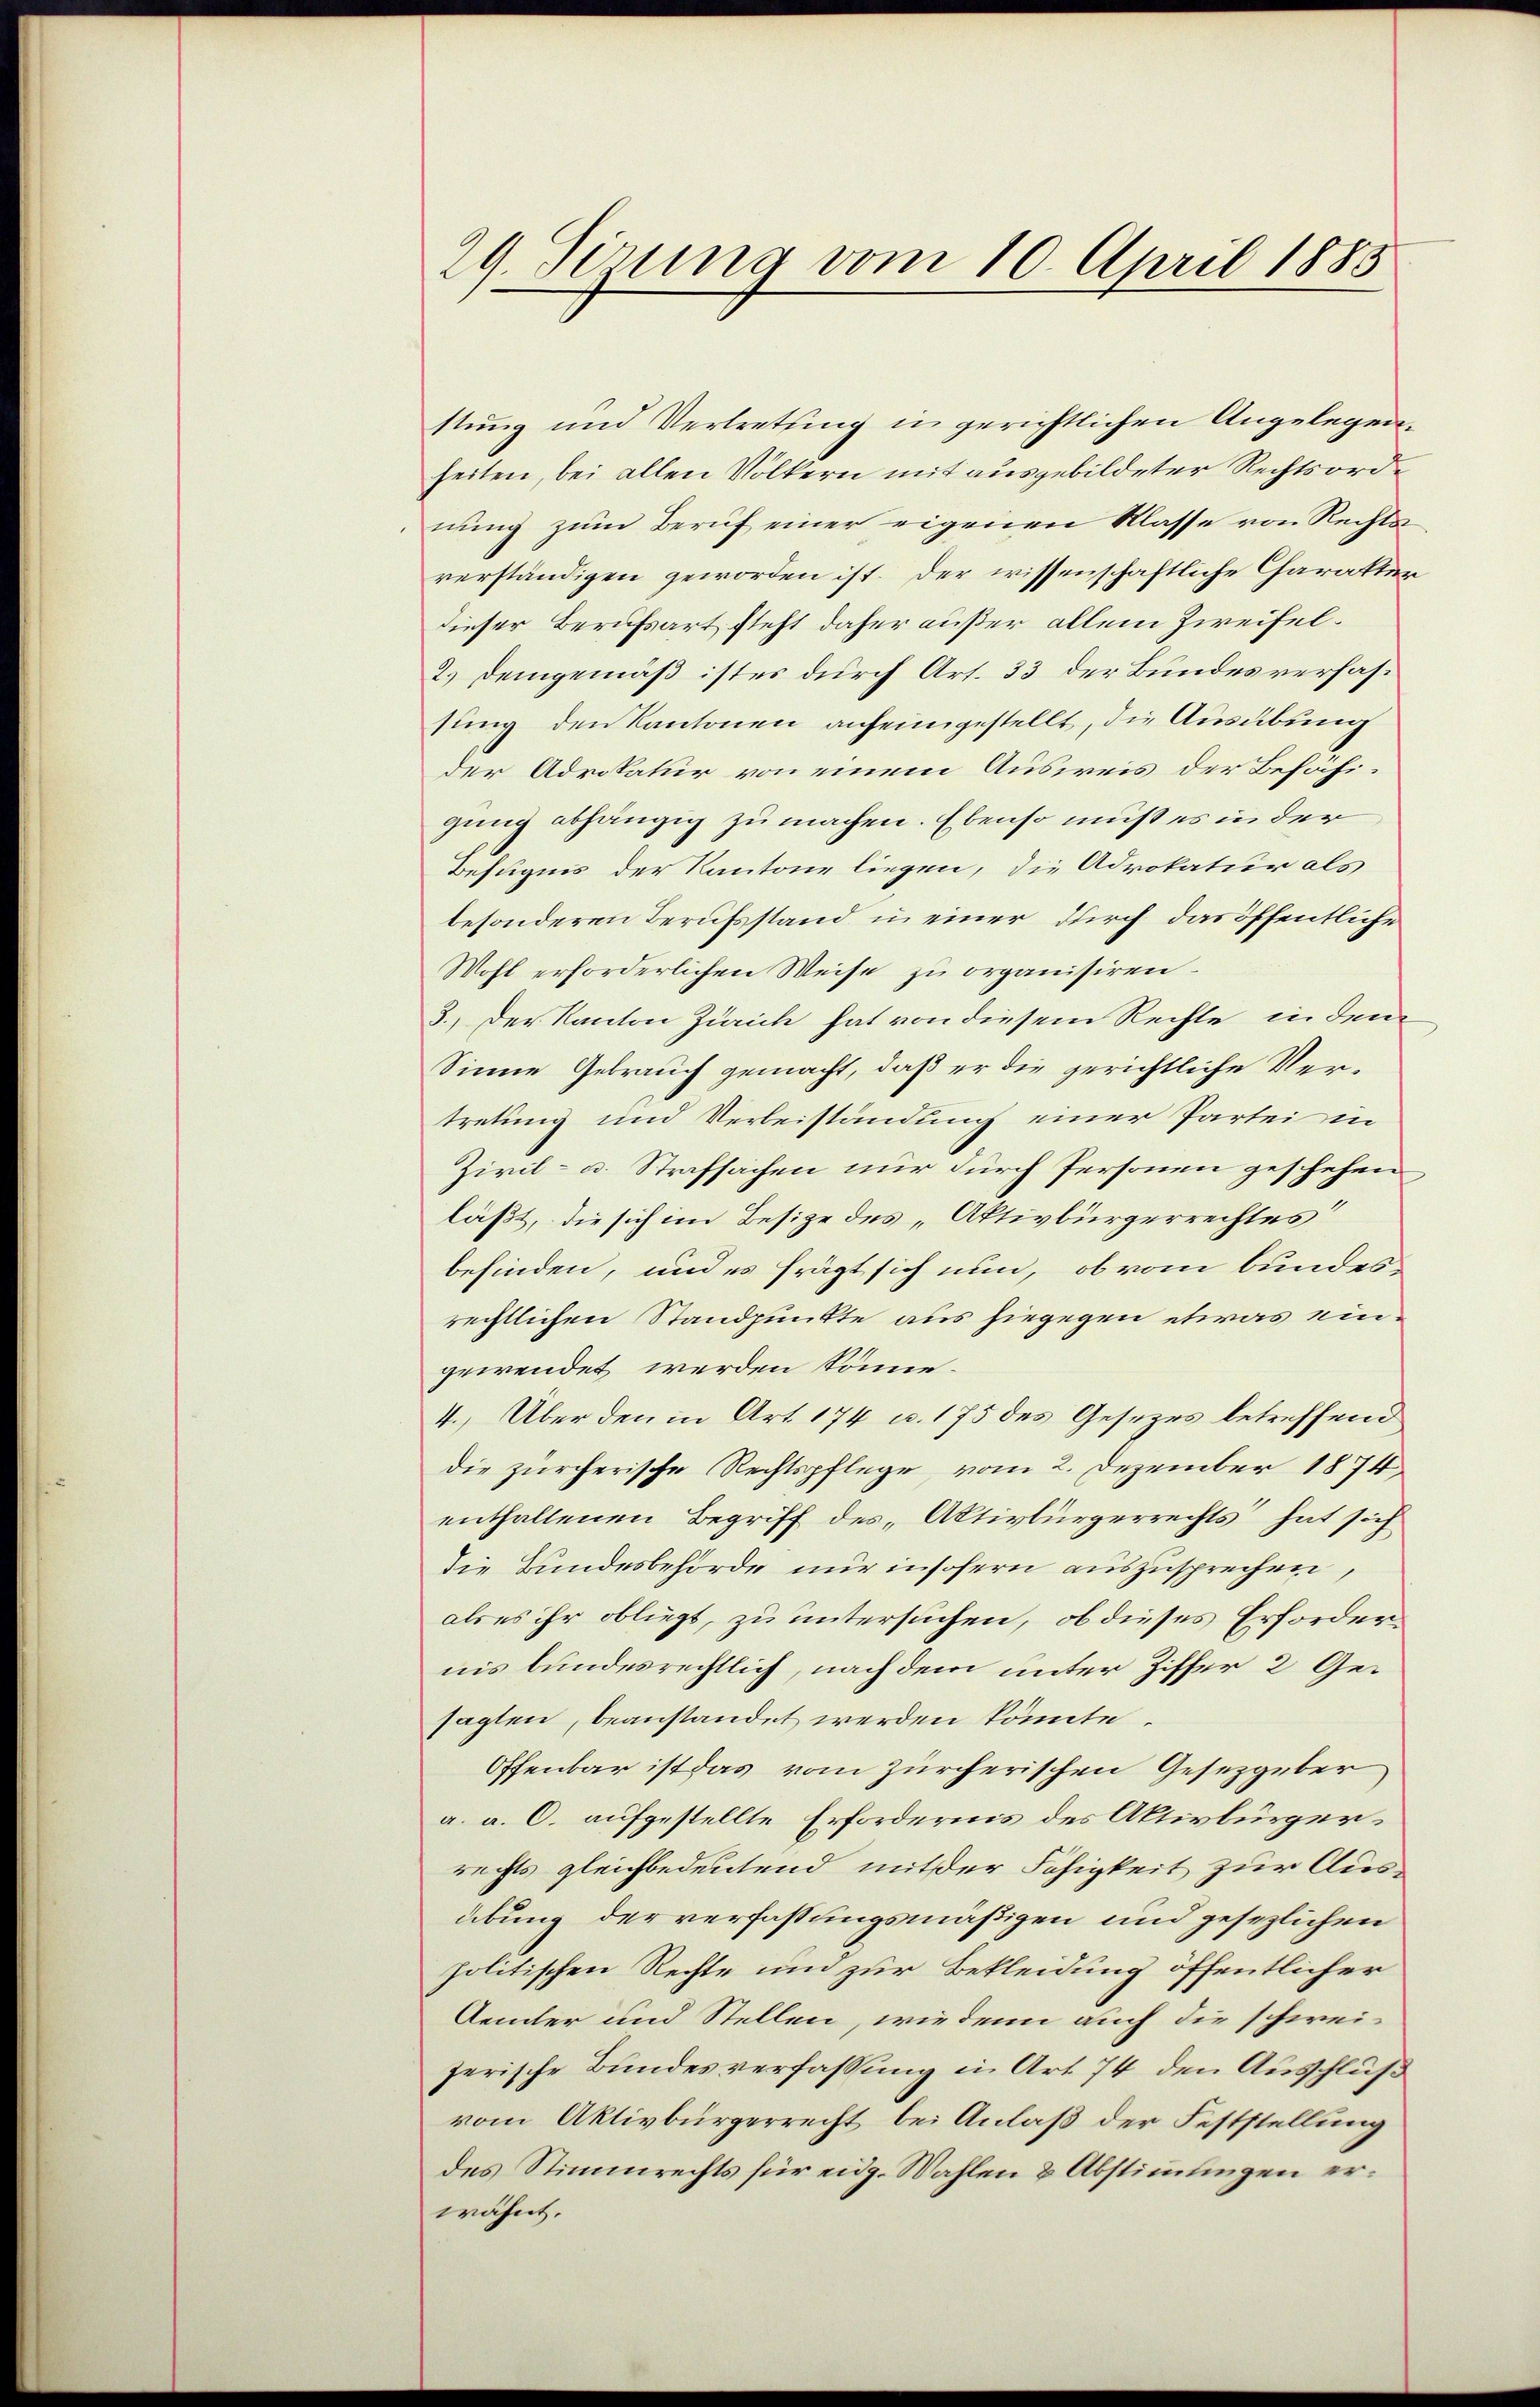
stung und Vertretung in gerichtlichen Angelegenheiten, bei allen Völkern mit ausgebildeter Rechtsordnung zum Beruf einer eigenen Klasse von Rechts
verständigen geworden ist. Der wissenschaftliche Charakter
dieser Berufsart steht daher außer allein Zweifel¬
2.) Demgemäß ist es durch Art. 33 der Bundesverfassung den Kantonen anfeingestellt, die Ausübung
der Advokatur von einem Ausweis der Befähigung abhängig zu machen. Ebenso muß es in der
Befugnis der Kantone liegen, die Advokatur als
besonderen Berufsstand in einer durch das öffentliche
Wohl erforderlichen Weise zu organisiren.
3.) Der Kanton Zürich hat von diesem Rechte in dem
Sinne Gebrauch gemacht, daß er die gerichtliche Vertretung und Verbeistandung einer Partei in
Zivil- u. Strafsachen nur durch Personen geschehen
läßt, die sich im Besize des „Aktivbürgerrechtes
befinden, und es frägt sich nun, ob vom bundesrechtlichen Standpunkte aus hiegegen etwas eingewendet werden könne.
4. Über den in Art. 174 u. 175 des Gesezes betreffend
die zürcherische Rechtspflege, vom 2. Dezember 1874,
enthaltenen Begriff des „Aktivbürgerrechts hat sich
die Bundesbehörde nur insofern auszusprechen,
als es ihr obliegt, zu untersuchen, ob dieses Erfordernis bundesrechtlich, nach dem unter Ziffer 2 Gesagten, beanstandet werden könnte.
Offenbar ist das vom zürcherischen Gesetzgeber
a. a. O. aufgestellte Erfordernis des Aktivbürgerrechts gleichbedeutend mit der Fähigkeit zur Ausübung der verfassungsmäßigen und gesezlichen
politischen Rechte um zur Bekleidung öffentlicher
Aemter und Stellen, wiedenn auch die schweizerische Bundesverfassung in Art 74 den Ausschluß
vom Aktivbürgerrecht bei Anlaß der Feststellung
des Stimmrechts für eidg. Wahlen & Abstimmungen erwähnt.

29. Serung vom 10. April 1885